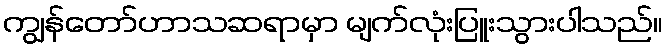
ကျွန်တော်ဟာသဆရာမှာ မျက်လုံးပြူးသွားပါသည်။